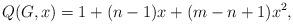
LaTeX: \begin{align*}Q(G,x) = 1 + (n-1)x + (m - n +1 )x^2,\end{align*}